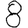
Digit: 8